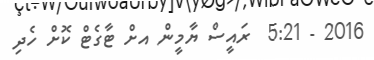
2016 - 5:21  ރައީސް ޔާމީން އށް ޓާގެޓް ކޮށް ހެދި